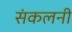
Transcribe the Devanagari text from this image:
संकलनी